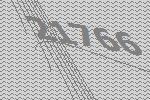
21766